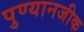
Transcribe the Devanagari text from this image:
पुण्यानजीक